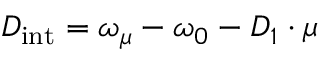
D _ { \mathrm { i n t } } = \omega _ { \mu } - \omega _ { 0 } - D _ { 1 } \cdot \mu